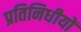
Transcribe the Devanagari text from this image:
प्रतिनिधीयों